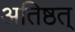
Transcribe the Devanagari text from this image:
अतिष्ठत्